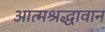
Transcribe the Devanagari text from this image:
आत्मश्रद्धावान